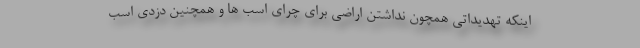
اینکه تهدیداتی همچون نداشتن اراضی برای چرای اسب ها و همچنین دزدی اسب